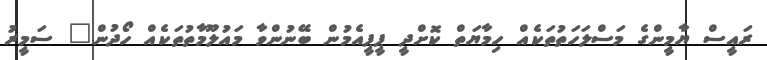
ރައީސް ޔާމީންގެ މަސްލަހަތުތަކެއް ހިމާޔަތް ކޮށްދީ ޕީޕީއެމުން ބޭނުންވާ މައުލޫމާތުތަކެއް ހޯދުން" ސަމީރު